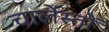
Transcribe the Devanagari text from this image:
चार्लेस्तों